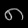
Digit: ၈